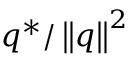
q ^ { * } / \left\Vert q \right\| ^ { 2 }